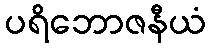
ပရိဘောဇနီယံ